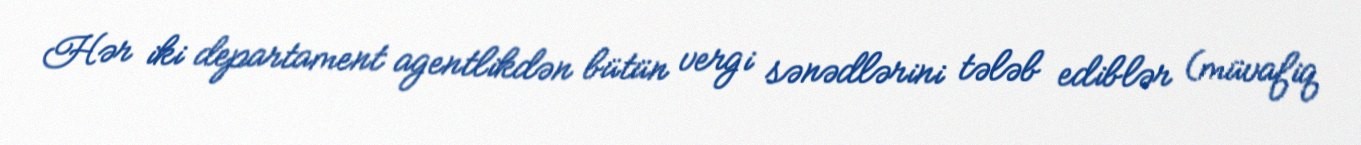
Hər iki departament agentlikdən bütün vergi sənədlərini tələb ediblər (müvafiq